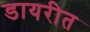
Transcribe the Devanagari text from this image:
डायरीत